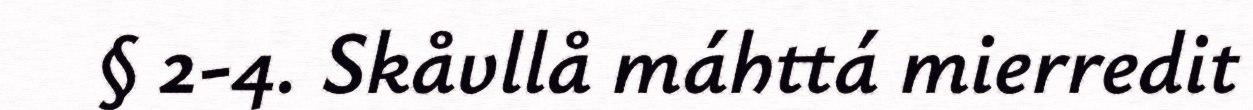
§ 2-4. Skåvllå máhttá mierredit